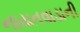
નાયતવાડાની